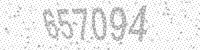
Solution: 657094